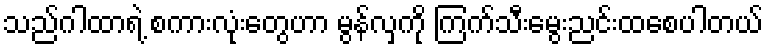
သည်ဂါထာရဲ့ စကားလုံးတွေဟာ မွန်လှကို ကြက်သီးမွေးညင်းထစေပါတယ်